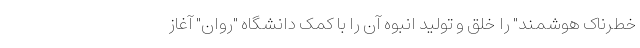
خطرناک هوشمند" را خلق و تولید انبوه آن را با کمک دانشگاه "روان" آغاز